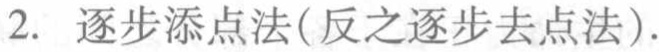
2. 逐步添点法(反之逐步去点法).